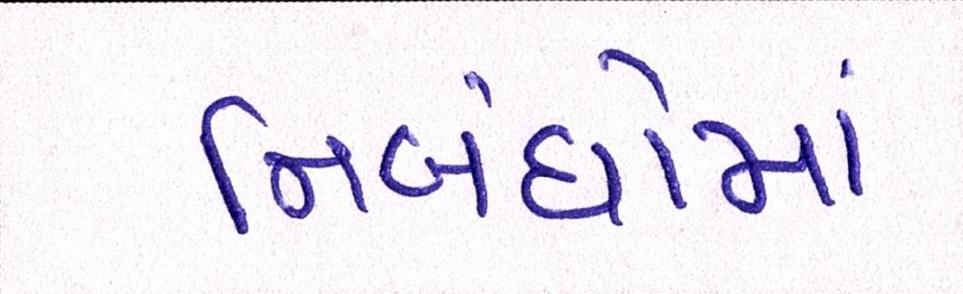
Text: નિબંધોમાં